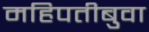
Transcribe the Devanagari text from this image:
महिपतीबुवा